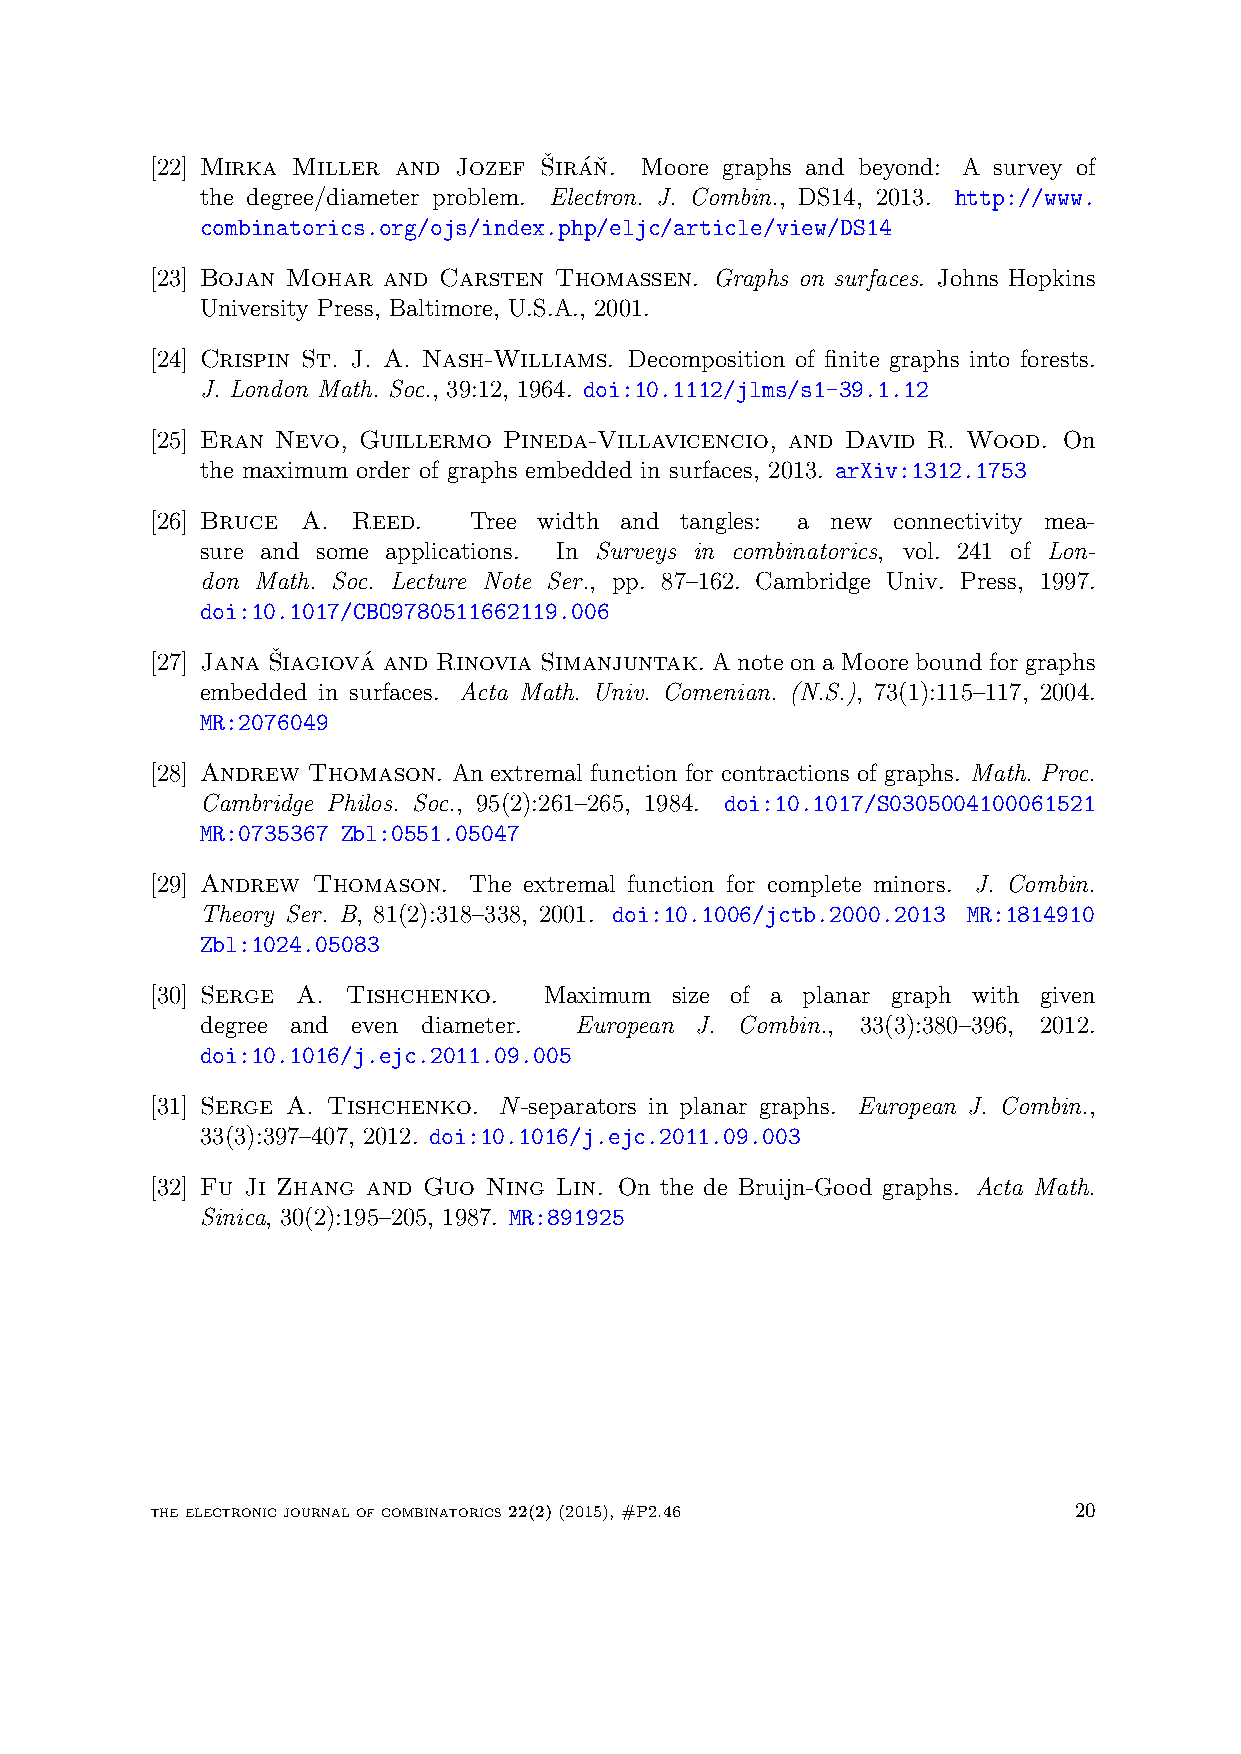
[22] Mirka Miller and Jozef Sˇ ira´nˇ . Moore graphs and beyond: A survey of
 the degree/diameter problem. Electron. J. Combin., DS14, 2013. http://www.
 combinatorics.org/ojs/index.php/eljc/article/view/DS14
 [23] Bojan Mohar and Carsten Thomassen. Graphs on surfaces. Johns Hopkins
 University Press, Baltimore, U.S.A., 2001.
 [24] Crispin St. J. A. Nash-Williams. Decomposition of finite graphs into forests.
 J. London Math. Soc., 39:12, 1964. doi:10.1112/jlms/s1-39.1.12
 [25] Eran Nevo, Guillermo Pineda-Villavicencio, and David R. Wood. On
 the maximum order of graphs embedded in surfaces, 2013. arXiv:1312.1753
 [26] Bruce A. Reed.  Tree width and tangles: a new connectivity mea-
 sure and some applications. In Surveys in combinatorics, vol. 241 of Lon-
 don Math. Soc. Lecture Note Ser., pp. 87–162. Cambridge Univ. Press, 1997.
 doi:10.1017/CBO9780511662119.006
 [27] Jana Sˇ iagiova´ and Rinovia Simanjuntak. A note on a Moore bound for graphs
 embedded in surfaces. Acta Math. Univ. Comenian. (N.S.), 73(1):115–117, 2004.
 MR:2076049
 [28] Andrew Thomason. An extremal function for contractions of graphs. Math. Proc.
 Cambridge Philos. Soc., 95(2):261–265, 1984. doi:10.1017/S0305004100061521
 MR:0735367 Zbl:0551.05047
 [29] Andrew Thomason. The extremal function for complete minors. J. Combin.
 Theory Ser. B, 81(2):318–338, 2001. doi:10.1006/jctb.2000.2013 MR:1814910
 Zbl:1024.05083
 [30] Serge A. Tishchenko. Maximum size of a planar graph with given
 degree and even diameter. European J. Combin., 33(3):380–396, 2012.
 doi:10.1016/j.ejc.2011.09.005
 [31] Serge A. Tishchenko. N-separators in planar graphs. European J. Combin.,
 33(3):397–407, 2012. doi:10.1016/j.ejc.2011.09.003
 [32] Fu Ji Zhang and Guo Ning Lin. On the de Bruijn-Good graphs. Acta Math.
 Sinica, 30(2):195–205, 1987. MR:891925
 the electronic journal of combinatorics 22(2) (2015), #P2.46 20